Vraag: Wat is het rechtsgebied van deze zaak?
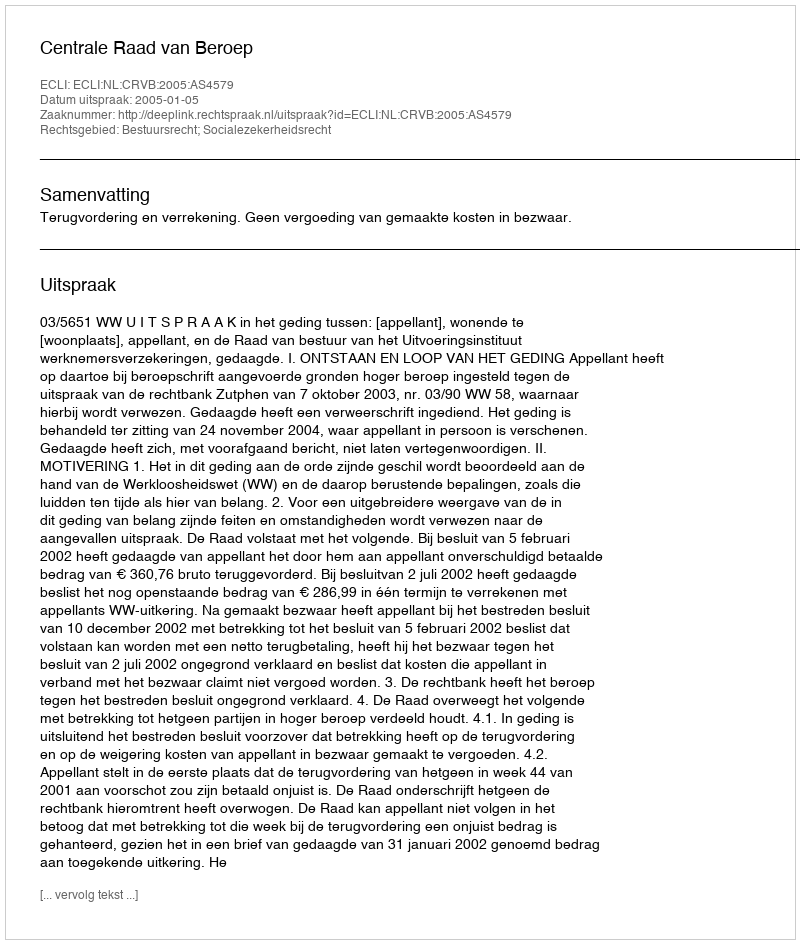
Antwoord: Bestuursrecht; Socialezekerheidsrecht